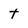
Character: t